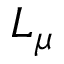
L _ { \mu }